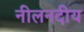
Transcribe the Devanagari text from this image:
नीलनदीय